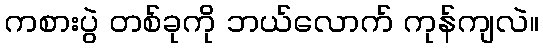
ကစားပွဲ တစ်ခုကို ဘယ်လောက် ကုန်ကျလဲ။